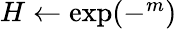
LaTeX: \begin{array}{r}{H\leftarrow\exp(-^{m})}\end{array}